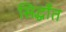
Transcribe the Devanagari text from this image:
सिद्धाँत